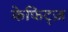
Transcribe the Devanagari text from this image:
केफिट्ज़